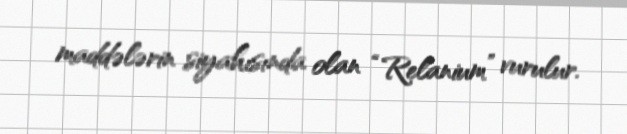
maddələrin siyahısında olan “Relanium” vurulur.